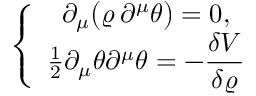
\left\{ \begin{array} { c } { { \partial _ { \mu } \big ( \varrho \, \partial ^ { \mu } \theta \big ) = 0 , \hfill } } \\ { { \frac { 1 } { 2 } \partial _ { \mu } \theta \partial ^ { \mu } \theta = - \displaystyle \frac { \delta V } { \delta \varrho } } } \end{array} \right.